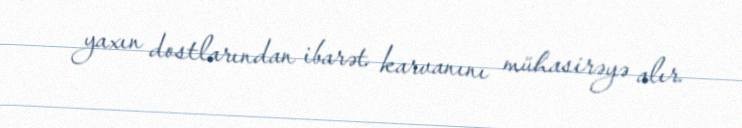
yaxın dostlarından ibarət karvanını mühasirəyə alır.